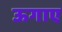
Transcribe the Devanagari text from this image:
ऊगाए